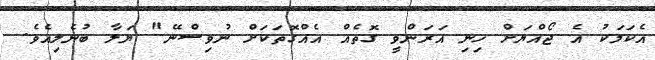
އެކަމަކު އެ ޖޯއްޔަށް ހިނި އަރަންވީ ގޮތެއް އެއްގޮތަކަށް ނުވިސްނޭ" ޔަލާ ބުނެލިއެވެ.